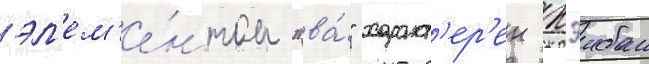
эл'ем'е́нтом "ва́" характ'ер'ен хэибан